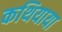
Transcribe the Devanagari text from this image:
कथियाया